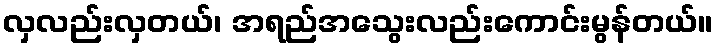
လှလည်းလှတယ်၊ အရည်အသွေးလည်းကောင်းမွန်တယ်။